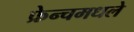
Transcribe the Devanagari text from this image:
फ्रेन्चमधले